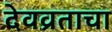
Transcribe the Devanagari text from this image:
देवव्रताचा